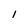
Character: I